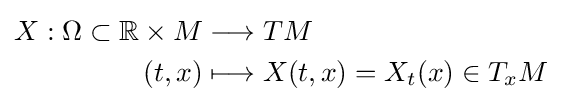
{\begin{aligned}X:\Omega \subset \mathbb {R} \times M&\longrightarrow TM\\(t,x)&\longmapsto X(t,x)=X_{t}(x)\in T_{x}M\end{aligned}}